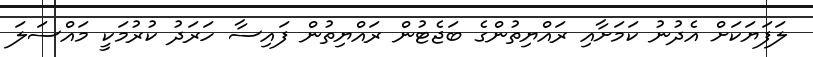
ލަފަޔަކަށް އެދުނު ކަމަށާއި ރައްޔިތުންގެ ބަޖެޓުން ރައްޔިތުން ފައިސާ ހަރަދު ކުރުމަކީ މައްސަލަ